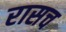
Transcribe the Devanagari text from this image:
रासच